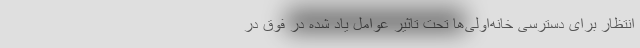
انتظار برای دسترسی خانه‌اولی‌ها تحت تاثیر عوامل یاد شده در فوق در